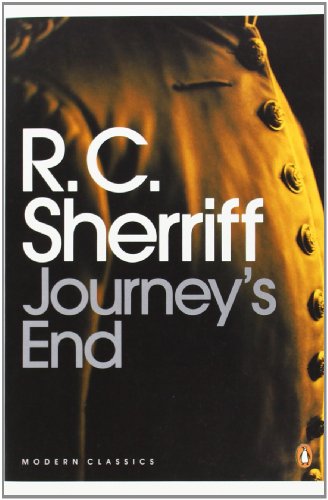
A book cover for Modern Classics Journeys End (Modern Classics (Penguin)); R C Sherriff; Humor & Entertainment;